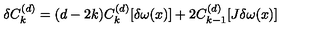
\delta C _ { k } ^ { ( d ) } = ( d - 2 k ) C _ { k } ^ { ( d ) } [ \delta \omega ( x ) ] + 2 C _ { k - 1 } ^ { ( d ) } [ J \delta \omega ( x ) ]